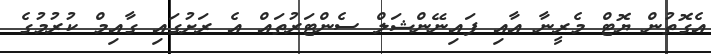
އެގޮތުން ޔޮޓް މެރީނާ އާއި ފައިނޭންޝަލް ސެންޓަރުތައް އެ ރަށުގައި ގާއިމް ކުރުމުގެ